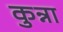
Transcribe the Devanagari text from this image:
कुन्ना